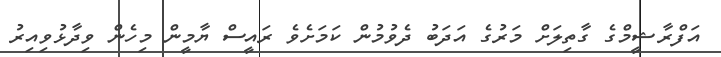
އަފްރާޝީމްގެ ގާތިލަށް މަރުގެ އަދަބު ދެވުމުން ކަމަށެވެ ރައީސް ޔާމީން މިހެން ވިދާޅުވިއިރު